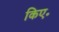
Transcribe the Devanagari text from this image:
किए॰